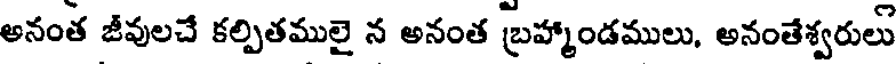
అనంత జీవులచే కల్పితములై న అనంత బ్రహ్మాండములు, అనంతేశ్వరులు